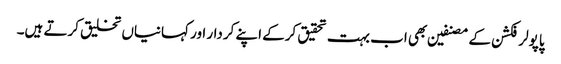
پاپولر فکشن کے مصنفین بھی اب بہت تحقیق کرکے اپنے کردار اور کہانیاں تخلیق کرتے ہیں۔